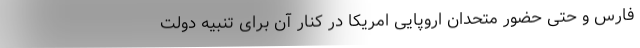
فارس و حتی حضور متحدان اروپایی امریکا در کنار آن برای تنبیه دولت